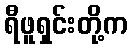
ရီဖူရှင်းတို့က